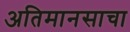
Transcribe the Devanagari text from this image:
अतिमानसाचा